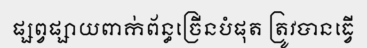
ផ្សព្វផ្សាយពាក់ព័ន្ធច្រើនបំផុត ត្រូវបានធ្វើ